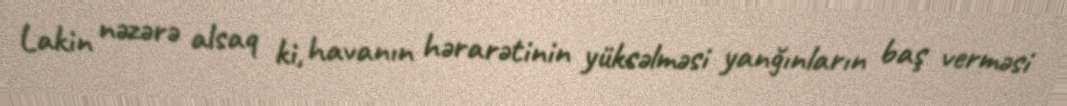
Lakin nəzərə alsaq ki, havanın hərarətinin yüksəlməsi yanğınların baş verməsi